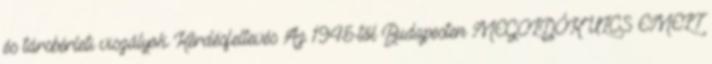
és társbérleti viszályok Kérdésfeltevés Az 1945-től Budapesten MEGOLDÓKULCS EMELT